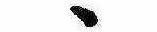
ゝ